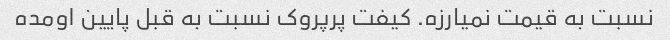
نسبت به قیمت نمیارزه. کیفت پرپروک نسبت به قبل پایین اومده